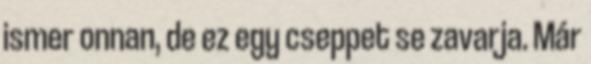
ismer onnan, de ez egy cseppet se zavarja. Már